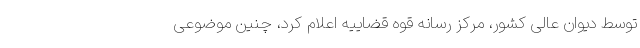
توسط دیوان عالی کشور، مرکز رسانه قوه قضاییه اعلام کرد، چنین موضوعی